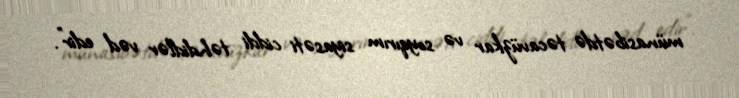
münasibətdə təcavüzkar və soyqırım siyasəti ciddi təhdidlər vəd edir”.